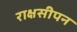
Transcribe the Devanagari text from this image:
राक्षसीपन